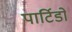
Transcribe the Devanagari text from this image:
पार्टिडो